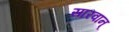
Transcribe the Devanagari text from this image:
सारवान्‌